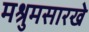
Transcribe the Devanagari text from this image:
मश्रुमसारखे